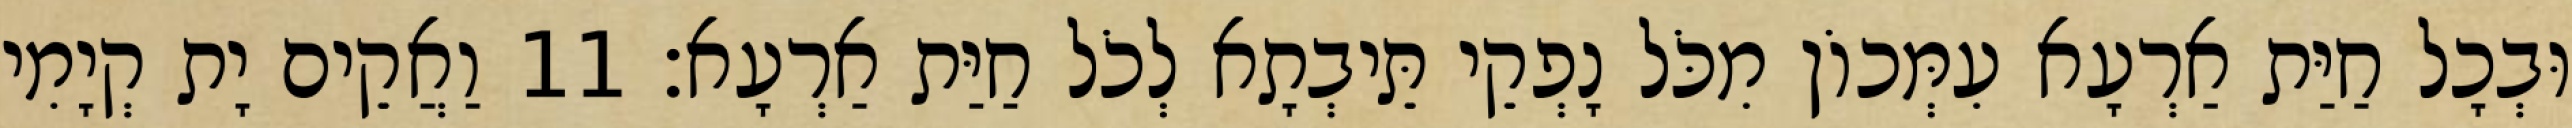
וּבְכָל חַיַּת אַרְעָא עִמְּכוֹן מִכֹּל נָפְקֵי תֵּיבְתָא לְכֹל חַיַּת אַרְעָא׃ 11 וַאֲקֵים יָת קְיָמִי